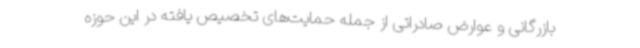
بازرگانی و عوارض صادراتی از جمله حمایت‌های تخصیص یافته در این حوزه